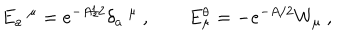
E _ { a } \ ^ { \mu } = e ^ { - A / 2 } \delta _ { a } \ ^ { \mu } ~ , \qquad E _ { \mu } ^ { \theta } = - e ^ { - A / 2 } W _ { \mu } ~ ,